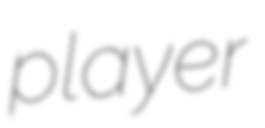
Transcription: player